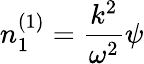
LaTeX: n_{1}^{(1)}=\frac{k^{2}}{\omega^{2}}\psi